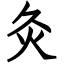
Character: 灸